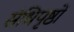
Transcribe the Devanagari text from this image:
संधिपृष्ठों